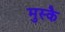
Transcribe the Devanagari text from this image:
मुस्कै